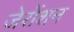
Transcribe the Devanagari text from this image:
जेरोंशन